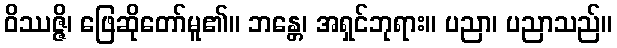
ဝိဿဇ္ဇိ၊ ဖြေဆိုတော်မူ၏။ ဘန္တေ၊ အရှင်ဘုရား။ ပညာ၊ ပညာသည်။